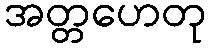
အတ္တဟေတု